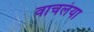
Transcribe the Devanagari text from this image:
वाचलंया